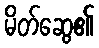
မိတ်ဆွေ၏